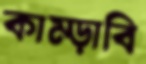
কাম্‌ড়াবি